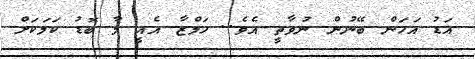
އަޑު އަހަން ބޭނުން ނުވާތީ އެވެ.. ހަމްޒާ އެއީ މާ ބޮޑު ކަމަކަށް